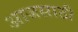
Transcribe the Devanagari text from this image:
आजसाठी